Document type: Acquittance
Year: 1296
Scribe: Jaume de Malví
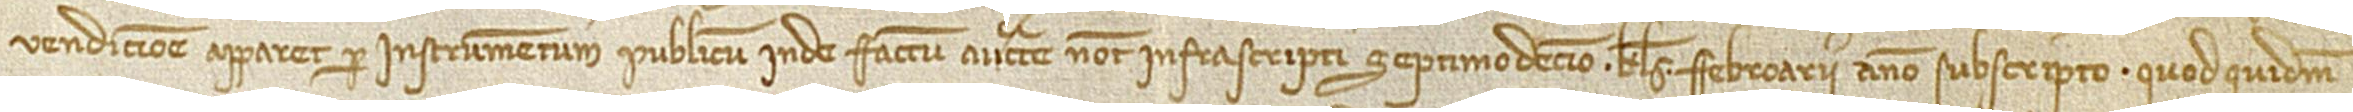
/ vendicione apparet per instrumentum publicum inde factum auctoritate notarii infrascripti septimodecimo kalendas febroarii, anno subscripto. Quodquidem